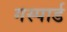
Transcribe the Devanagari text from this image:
गस्पार्ड